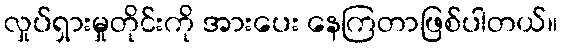
လှုပ်ရှားမှုတိုင်းကို အားပေး နေကြတာဖြစ်ပါတယ်။